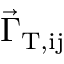
\vec { \Gamma } _ { \mathrm { T , i j } }